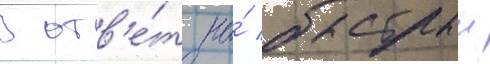
В отв'е́т на́ быстрыи